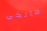
مالكي